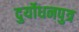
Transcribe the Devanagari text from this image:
दुर्योधनपुत्र